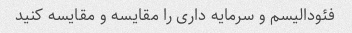
فئودالیسم و سرمایه داری را مقایسه و مقایسه کنید